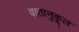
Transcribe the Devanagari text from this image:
वातानुकूल